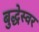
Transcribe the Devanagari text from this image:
बुद्धेस्वर